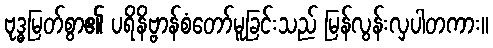
ဗုဒ္ဓမြတ်စွာ၏ ပရိနိဗ္ဗာန်စံတော်မူခြင်းသည် မြန်လွန်းလှပါတကား။